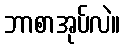
ဘာစာအုပ်လဲ။